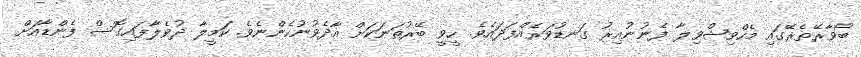
ބޯވާރޭތެރޭގައި މެހްވިޝްވިލާ ފެނުނުއިރު ގަނޑުވަރެއްފަދައެވެ. ހީވީ ބޭރުތަނަކަށް އާދެވުނުހެންނެވެ. ކަމީލާ ދުވެލާފައިގޮސް ފެންޑާއަށް